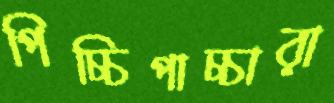
পিচ্চিপাচ্চারা